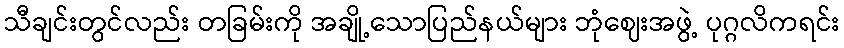
သီချင်းတွင်လည်း တခြမ်းကို အချို့သောပြည်နယ်များ ဘုံဈေးအဖွဲ့ ပုဂ္ဂလိကရင်း